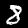
Label: 8